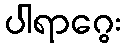
ပါရာဂွေး